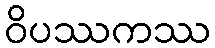
ဝိပဿကဿ